Report on the nature of kala-azar
Disease focus: Kala-Azar
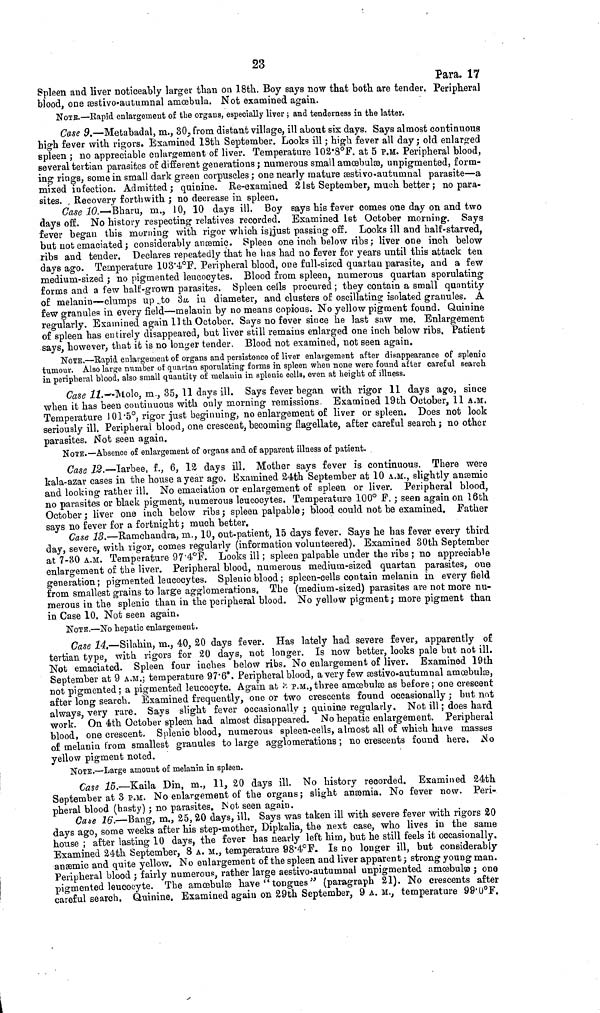
23
Para. 17
Spleen and liver noticeably larger than on 18th. Boy says now that both are tender. Peripheral
blood, one æstivo-autumnal amœbula. Not examined again.
NOTe.—Rapid enlargement of the organs, especially liver ; and tenderness in the latter.
Case 9.—Metabadal, m., 30, from distant village, ill about six days. Says almost continuous
high fever with rigors. Examined 18th September. Looks ill ; high fever all day; old enlarged
spleen ; no appreciable enlargement of liver. Temperature 102.8°F. at 5 P.M. Peripheral blood,
several tertian parasites of different generations; numerous small amœbulæ, unpigmented, form-
ing rings, some in small dark green corpuscles ; one nearly mature æstivo-autumnal parasite—a
mixed infection. Admitted; quinine. Re-examined 21st September, much better ; no para-
sites. Recovery forthwith ; no decrease in spleen.
Case 10.—-Bharu, m., 10, 10 days ill. Boy says his fever comes one day on and two
days off. No history respecting relatives recorded. Examined 1st October morning. Says
fever began this morning with rigor which is just passing off. Looks ill and half-starved,
but not emaciated ; considerably anæmic. Spleen one inch below ribs; liver one inch below
ribs and tender. Declares repeatedly that he has had no fever for years until this attack ten
days ago. Temperature 103.4°F. Peripheral blood, one full-sized quartan parasite, and a few
medium-sized; no pigmented leucocytes. Blood from spleen, numerous quartan sporulating
forms and a few half-grown parasites. Spleen ceils procured ; they contain a small quantity
of melanin—clumps up to 3μ in diameter, and clusters of oscillating isolated granules. A
few granules in every field—melanin by no means copious. No yellow pigment found. Quinine
regularly. Examined again 11th October. Says no fever since he last saw me. Enlargement
of spleen has entirely disappeared, but liver still remains enlarged one inch below ribs. Patient
says, however, that it is no longer tender. Blood not examined, not seen again.
NOTE.—Rapid enlargement of organs and persistence of liver enlargement after disappearance of splenic
tumour. Also large number of quartan sporulating- forms in spleen when none were found after careful search
in peripheral blood, also small quantity of melanin in splenic cells, even at height of illness.
Case 11.-Molo, m., 35, 11 days ill. Says fever began with rigor 11 days ago, since
when it has been continuous with only morning remissions. Examined 19th October, 11 A.M.
Temperature 101.5°, rigor just beginning, no enlargement of liver or spleen. Does not look
seriously ill. Peripheral blood, one crescent, becoming flagellate, after careful search; no other
parasites. Not seen again.
NOTE.—Absence of enlargement of organs and of apparent illness of patient.
Case 12.—Iarbee, f., 6, 12 days ill. Mother says fever is continuous. There were
kala-azar cases in the house a year ago. Examined 24th September at 10 A.M., slightly anæmic
and looking rather ill. No emaciation or enlargement of spleen or liver. Peripheral blood,
no parasites or black pigment, numerous leucocytes. Temperature 100° F. ; seen again on 16th
October ; liver one inch below ribs; spleen palpable ; blood could not be examined. Father
says no fever for a fortnight ; much better.
Case 13.—Ramchandra, m., 10, out-patient, 15 days fever. Says he has fever every third
day, severe, with rigor, comes regularly (information volunteered). Examined 30th September
at 7-30 A.M. Temperature 97.4°F. Looks ill ; spleen palpable under the ribs ; no appreciable
enlargement of the liver. Peripheral blood, numerous medium-sized quartan parasites, one
generation; pigmented leucocytes. Splenic blood ; spleen-cells contain melanin in every field
from smallest grains to large agglomerations. The (medium-sized) parasites are not more nu-
merous in the splenic than in the peripheral blood. No yellow pigment ; more pigment than
in Case 10. Not seen again.
NOTe.—No hepatic enlargement.
Case 14.—Silahin, m., 40, 20 days fever. Has lately had severe fever, apparently of
tertian type, with rigors for 20 days, not longer. Is now better, looks pale but not ill.
Not emaciated. Spleen four inches below ribs. No enlargement of liver. Examined 19th
September at 9 A.M.; temperature 97.6°. Peripheral blood, a very few æstivo-autumnal amœbulæ,
not pigmented; a pigmented leucocyte. Again at 3 P.M., three amœbulæ as before ; one crescent
after long search. Examined frequently, one or two crescents found occasionally ; but not
always, very rare. Says slight fever occasionally ; quinine regularly. Not ill ; does hard
work. On 4th October spleen had almost disappeared. No hepatic enlargement. Peripheral
blood, one crescent. Splenic blood, numerous spleen-cells, almost all of which have masses
of melanin from smallest granules to large agglomerations ; no crescents found here. No
yellow pigment noted.
NOTE.—Large amount of melanin in spleen.
Case 15.—Kaila Din, m., 11, 20 days ill. No history recorded. Examined 24th
September at 3 P.M. No enlargement of the organs; slight anæmia. No fever now. Peri-
pheral blood (hasty) ; no parasites. Not seen again.
Case 16.—Bang, m., 25,20 days, ill. Says was taken ill with severe fever with rigors 20
days ago, some weeks after his step-mother, Dipkalia, the next case, who lives in the same
house ; after lasting 10 days, the fever has nearly left him, but he still feels it occasionally.
Examined 24th September, 8 A. M., temperature 98.4°F. Is no longer ill, but considerably
anæmic and quite yellow. No enlargement of the spleen and liver apparent; strong young man.
Peripheral blood ; fairly numerous, rather large æstivo-autumnal unpigmented amœbulæ; one
pigmented leucocyte. The amœbulæ have "tongues" (paragraph 21). No crescents after
careful search, Quinine. Examined again on 29th September, 9 A. M., temperature 99.0°F.